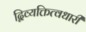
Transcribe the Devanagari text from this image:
द्विव्यक्तित्वधारी